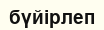
бүйірлеп